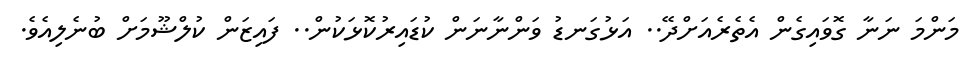
މަންމަ ނަނާ ގޮވައިގެން އެތެރެއަށްދޭ.. އަޅުގަނޑު ވަންނާނަން ކުޑައިރުކޮޅަކުން.. ފައިޒަން ކުލްޝޫމަށް ބުނެލިއެވެ.